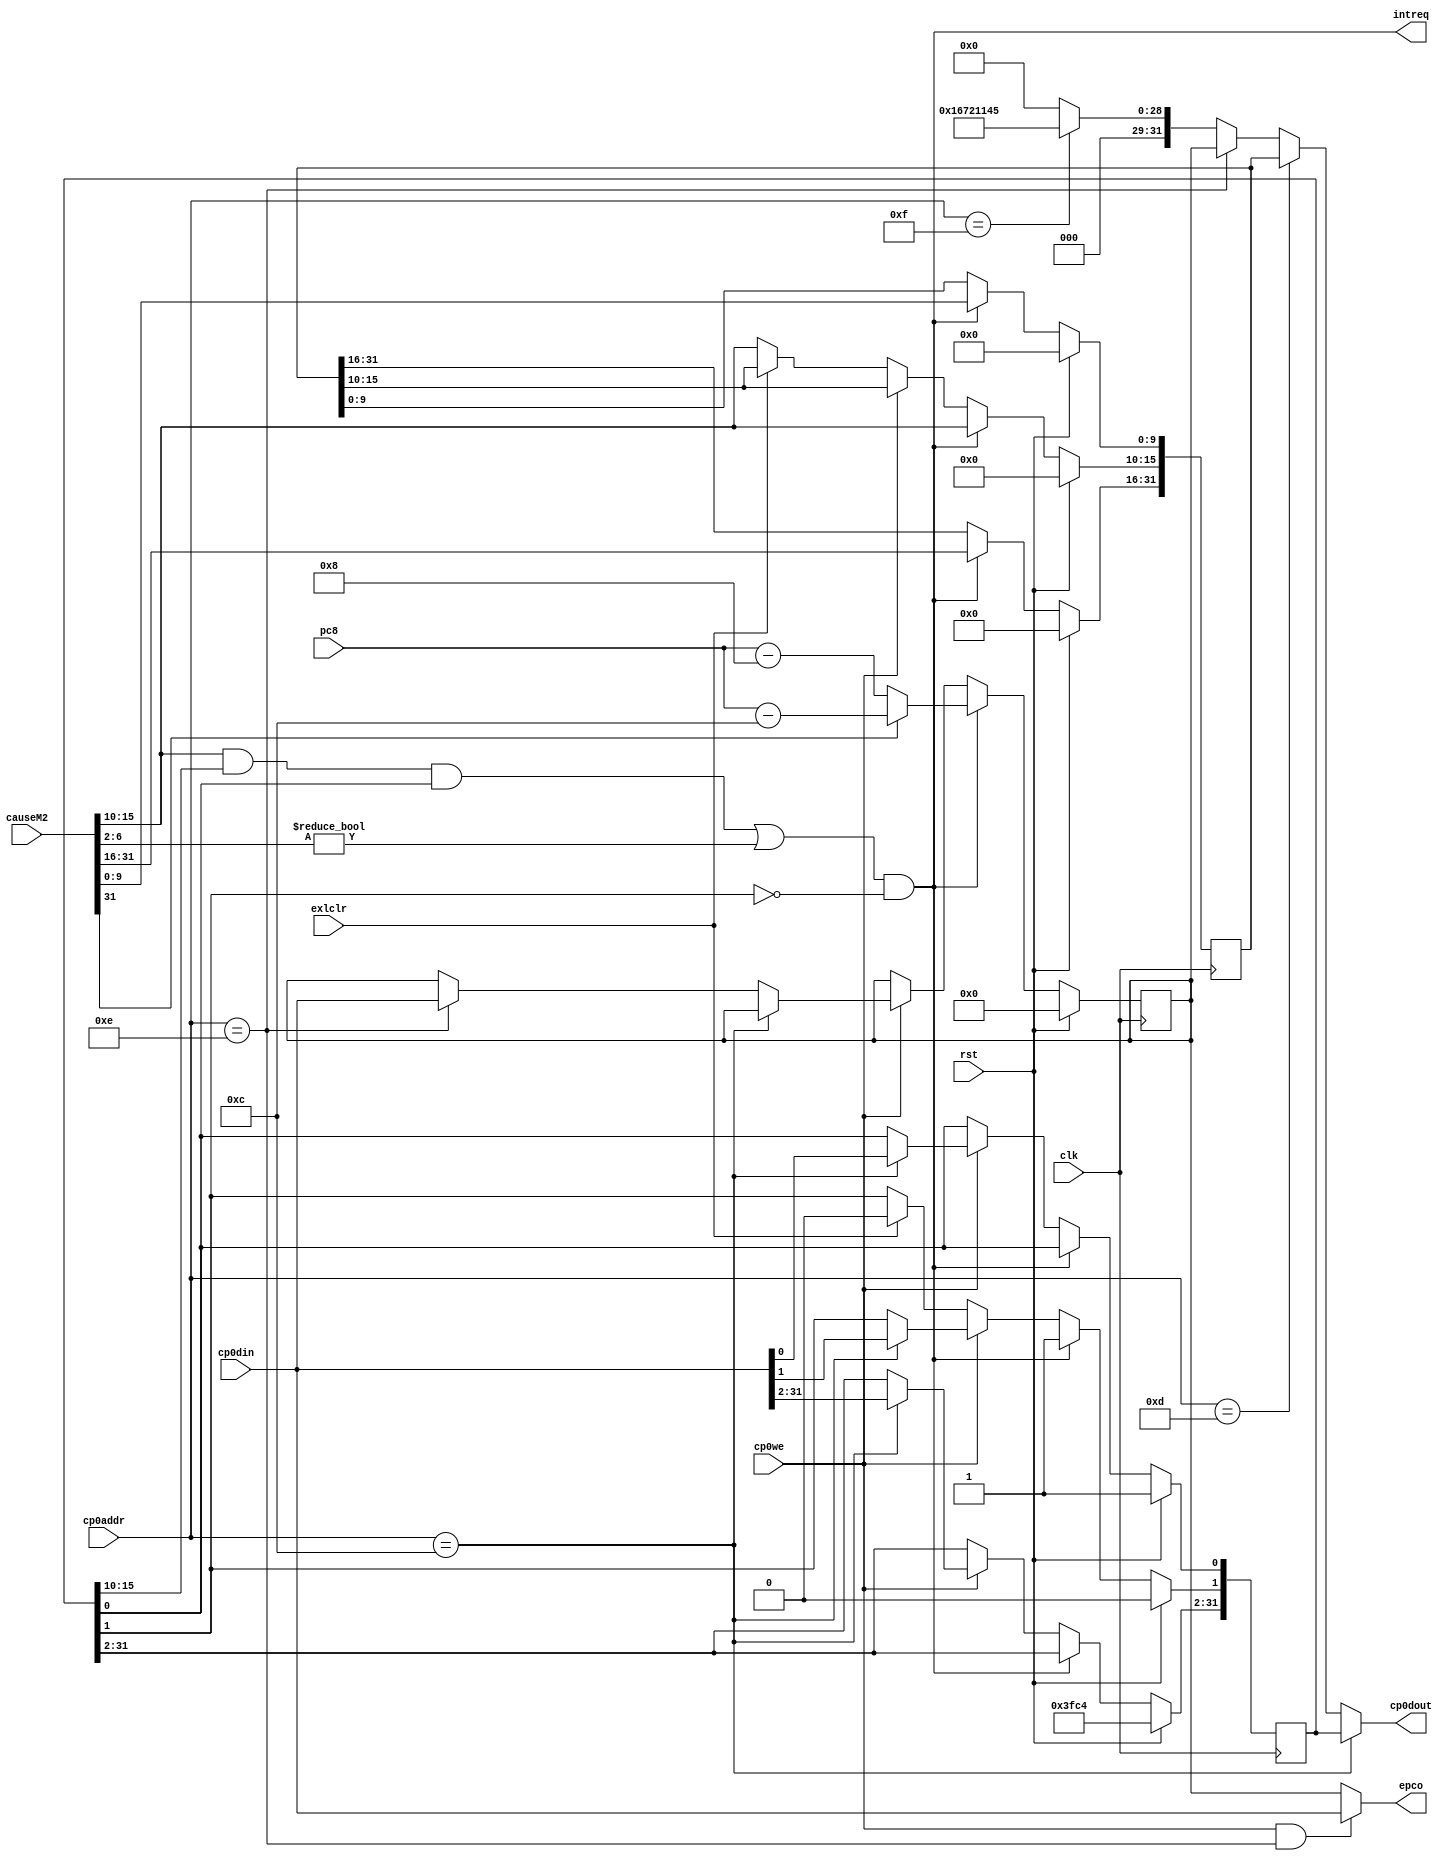
`timescale 1ns / 1ps
//////////////////////////////////////////////////////////////////////////////////
// Company: 
// Engineer: 
// 
// Design Name: 
// Module Name:    cp0 
// Project Name: 
// Target Devices: 
// Tool versions: 
// Description: 
//
// Dependencies: 
//
// Revision: 
// Revision 0.01 - File Created
// Additional Comments: 
//
//////////////////////////////////////////////////////////////////////////////////
`define im sr[15:10]
`define exl sr[1]
`define ie sr[0]
`define ip causeM2[15:10]
`define exccode causeM2[6:2]


module cp0(
    input [4:0] cp0addr,
    input [31:0] cp0din,
    input [31:0] pc8,
	 input [31:0] causeM2,
    input cp0we,
    input exlclr,
    input clk,
    input rst,
    output intreq,
    output [31:0] epco,
    output [31:0] cp0dout
    );
	 
	 
	 reg [31:0] epc = 0, prid = 32'h16721145,cause = 0, sr = 32'h0;
	 
	 assign intreq = (((`ip&`im)&&`ie)||(`exccode!=5'b0))&&!`exl;
	 
	 assign epco = (cp0we&&cp0addr==5'd14)?cp0din:epc;
	 
	 assign cp0dout = (cp0addr==5'd12)?sr:
							(cp0addr==5'd13)?cause:
							(cp0addr==5'd14)?epc:
							(cp0addr==5'd15)?prid:0;
	
	always@(posedge clk)begin
		if(rst)begin
			sr<= 32'h0000ff11;
			cause <= 0;
			epc<= 0;
		end
		
		else if(intreq)begin
			`exl<=1;
			cause<= causeM2;
			epc<= (causeM2[31]==1)?pc8-12:
										  pc8-8;
		end
		
		else if(cp0we)begin
			if(cp0addr==5'd12)
				sr<= cp0din;
			else if(cp0addr==5'd14)
				epc<= cp0din;
		end
		
		else if(exlclr)
			`exl<=0;
		else 
			cause[15:10]<= `ip;
	end

endmodule